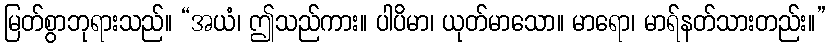
မြတ်စွာဘုရားသည်။ “အယံ၊ ဤသည်ကား။ ပါပိမာ၊ ယုတ်မာသော။ မာရော၊ မာရ်နတ်သားတည်း။”